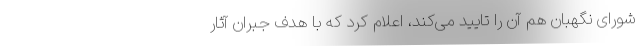
شورای نگهبان هم آن را تایید می‌کند، اعلام کرد که با هدف جبران آثار